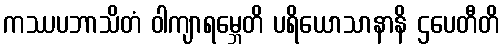
ကဿပဘာသိတံ ဝါကျာရမ္ဘေတိ ပရိယောသာနာနိ ဌပေတီတိ